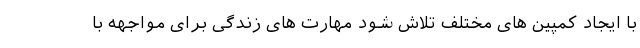
با ایجاد کمپین های مختلف تلاش شود مهارت های زندگی برای مواجهه با